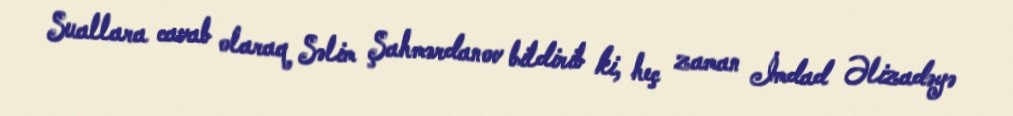
Suallara cavab olaraq Səlim Şahmərdanov bildirib ki, heç zaman İmdad Əlizadəyə